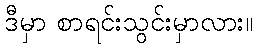
ဒီမှာ စာရင်းသွင်းမှာလား။